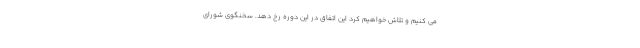
می کنیم و تلاش خواهیم کرد این اتفاق در این دوره رخ دهد. سخنگوی شورای